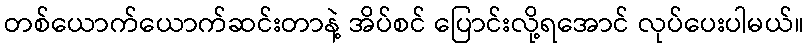
တစ်ယောက်ယောက်ဆင်းတာနဲ့ အိပ်စင် ပြောင်းလို့ရအောင် လုပ်ပေးပါမယ်။